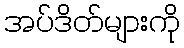
အပ်ဒိတ်များကို